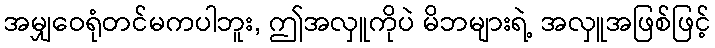
အမျှဝေရုံတင်မကပါဘူး, ဤအလှူကိုပဲ မိဘများရဲ့ အလှူအဖြစ်ဖြင့်